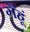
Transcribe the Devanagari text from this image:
गैंहूं